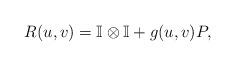
LaTeX: \begin{align*}R(u,v) = \mathbb{I} \otimes \mathbb{I} + g(u,v) P,\end{align*}